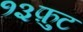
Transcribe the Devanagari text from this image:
१३फ़ुट